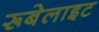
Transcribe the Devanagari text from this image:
रूबेलाइट